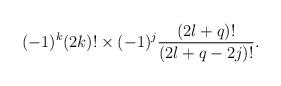
LaTeX: \begin{align*}(-1)^{k} (2k)! \times (-1)^j \frac{(2l+q)!}{(2l+q-2j)!}.\end{align*}